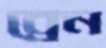
ব্রেন